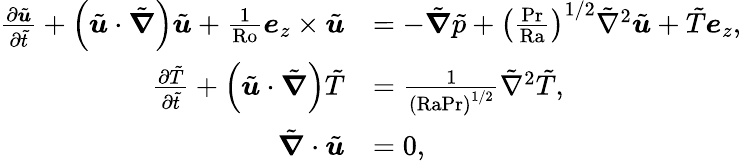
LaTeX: \begin{array}{rl}{\frac{\partial\tilde{\boldsymbol{u}}}{\partial\tilde{t}}+\left(\tilde{\boldsymbol{u}}\cdot\tilde{\boldsymbol{\nabla}}\right)\tilde{\boldsymbol{u}}+\frac{1}{\textrm{Ro}}\boldsymbol{e}_{z}\times\tilde{\boldsymbol{u}}}&{=-\tilde{\boldsymbol{\nabla}}\tilde{p}+\left(\frac{\textrm{Pr}}{\textrm{Ra}}\right)^{1/2}\tilde{\nabla}^{2}\tilde{\boldsymbol{u}}+\tilde{T}\boldsymbol{e}_{z},}\\ {\frac{\partial\tilde{T}}{\partial\tilde{t}}+\left(\tilde{\boldsymbol{u}}\cdot\tilde{\boldsymbol{\nabla}}\right)\tilde{T}}&{=\frac{1}{\left(\textrm{Ra}\textrm{Pr}\right)^{1/2}}\tilde{\nabla}^{2}\tilde{T},}\\ {\tilde{\boldsymbol{\nabla}}\cdot\tilde{\boldsymbol{u}}}&{=0,}\end{array}